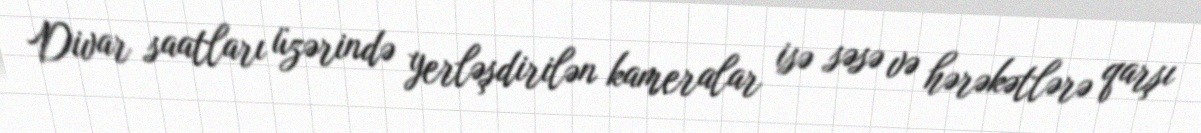
Divar saatları üzərində yerləşdirilən kameralar isə səsə və hərəkətlərə qarşı